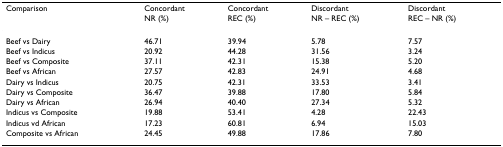
<table><thead><tr><td><b>Comparison</b></td><td><b>Concordant</b></td><td><b>Concordant</b></td><td><b>Discordant</b></td><td><b>Discordant</b></td></tr><tr><td></td><td><b>NR (%)</b></td><td><b>REC (%)</b></td><td><b>NR – REC (%)</b></td><td><b>REC – NR (%)</b></td></tr></thead><tbody><tr><td>Beef vs Dairy</td><td>46.71</td><td>39.94</td><td>5.78</td><td>7.57</td></tr><tr><td>Beef vs Indicus</td><td>20.92</td><td>44.28</td><td>31.56</td><td>3.24</td></tr><tr><td>Beef vs Composite</td><td>37.11</td><td>42.31</td><td>15.38</td><td>5.20</td></tr><tr><td>Beef vs African</td><td>27.57</td><td>42.83</td><td>24.91</td><td>4.68</td></tr><tr><td>Dairy vs Indicus</td><td>20.75</td><td>42.31</td><td>33.53</td><td>3.41</td></tr><tr><td>Dairy vs Composite</td><td>36.47</td><td>39.88</td><td>17.80</td><td>5.84</td></tr><tr><td>Dairy vs African</td><td>26.94</td><td>40.40</td><td>27.34</td><td>5.32</td></tr><tr><td>Indicus vs Composite</td><td>19.88</td><td>53.41</td><td>4.28</td><td>22.43</td></tr><tr><td>Indicus vd African</td><td>17.23</td><td>60.81</td><td>6.94</td><td>15.03</td></tr><tr><td>Composite vs African</td><td>24.45</td><td>49.88</td><td>17.86</td><td>7.80</td></tr></tbody></table>